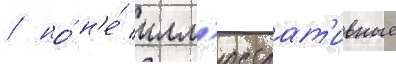
/ но́ н'е́ илл'юстрат'ивные